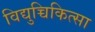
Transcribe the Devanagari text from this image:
विद्युच्चिकित्सा